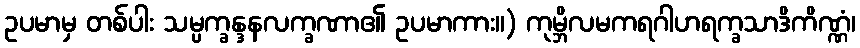
ဥပမာမှ တစ်ပါး သမ္ပက္ခန္ဒနလက္ခဏာ၏ ဥပမာကား။) ကုမ္ဘိလမကရဂါဟရက္ခသာဒိကိဏ္ဏံ၊